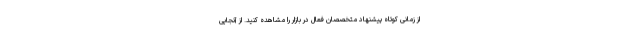
از زمانی کوتاه پیشنهاد متخصصان فعال در بازار را مشاهده کنید. از آنجایی